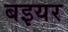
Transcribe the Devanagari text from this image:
बइयर